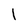
Character: l